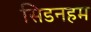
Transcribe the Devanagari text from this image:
सिडनहम